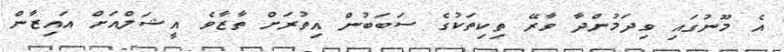
އެ މޫނުގައި ވިދަމުންދާ ވާރޭ ތިކިތަކުގެ ސަބަބުން އިތުރަށް ތާޒާވެ އީޝަލްއަށް އައިޒާން